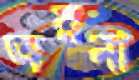
অরনা